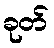
ခုတ်